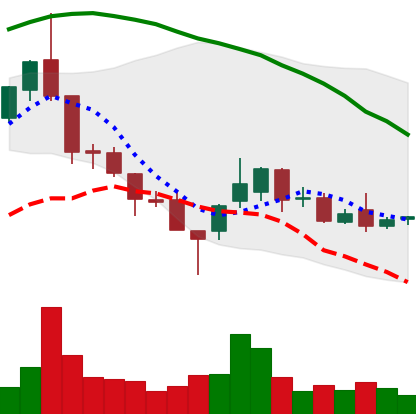
Ticker: ETC-USD
Chart end date: 2018-08-24
Forward return: 3.352%
Label: up_3_5